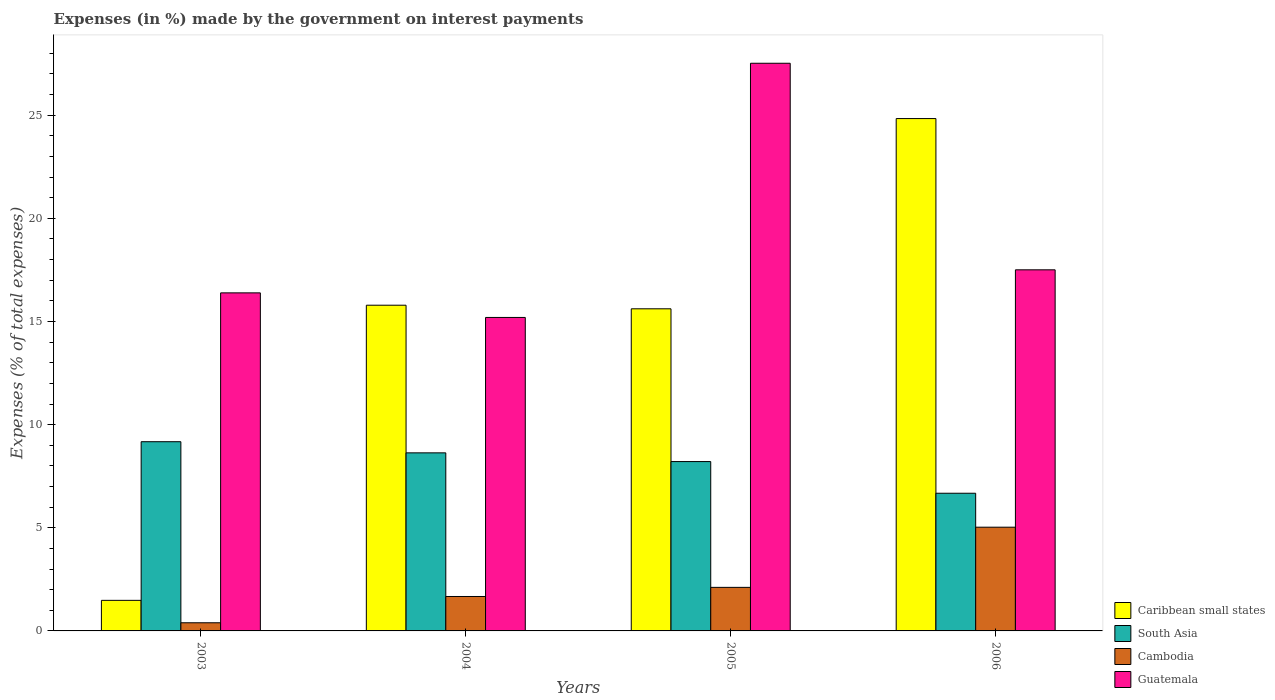
| Years | Caribbean small states | South Asia | Cambodia | Guatemala |
 | --- | --- | --- | --- | --- |
 | 2003 | 1.48 | 9.17 | 0.395 | 16.4 |
 | 2004 | 15.8 | 8.63 | 1.67 | 15.2 |
 | 2005 | 15.6 | 8.21 | 2.11 | 27.5 |
 | 2006 | 24.8 | 6.67 | 5.03 | 17.5 |